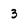
Character: 3